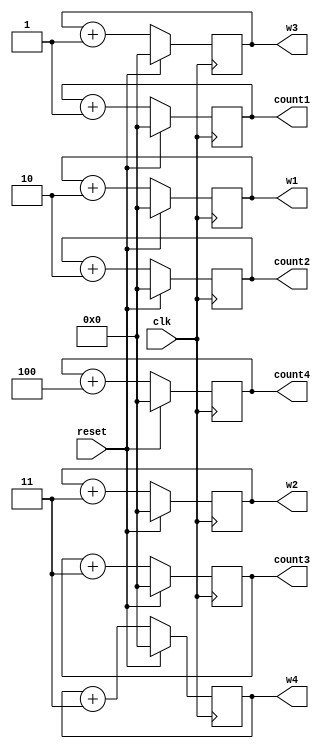

module counter(
    input clk,
    input reset,
    output reg [31:0] count1, count2, count3, count4,
	 output reg [31:0] w1,w2,w3,w4
	 );

always @(posedge clk) begin
    if (reset) begin
        count1 <= 32'b0;
		  count2 <= 32'b0;
		  count3 <= 32'b0;
		  count4 <= 32'b0;
		  
		  
		  w1 <=0;
		  w2 <=0; 
		  w3 <=0;
		  w4 <=0; 
		  
    end else 
	 
	 begin
        w1 <= w1 + 2;
		  w2 <= w2 + 3;
		  w3 <= w3 + 1;
		  w4 <= w4 + 3;
		  
		  
		  count1 <= count1 + 1;
		  count2 <= count2 + 2;
		  count3 <= count3 + 3;
		  count4 <= count4 + 4;
    end
end

endmodule